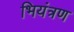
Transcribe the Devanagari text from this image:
भियंत्रण